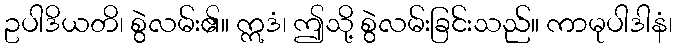
ဥပါဒိယတိ၊ စွဲလမ်း၏။ ဣဒံ၊ ဤသို့ စွဲလမ်းခြင်းသည်။ ကာမုပါဒါနံ၊